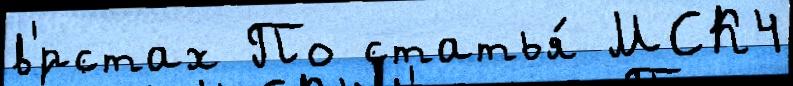
в'́рстах По статья́ МСК4